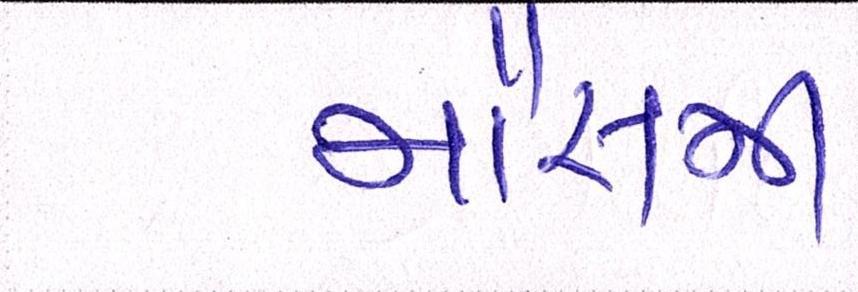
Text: મૌસમી